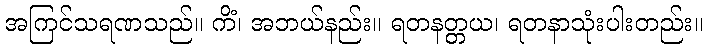
အကြင်သရဏသည်။ ကိံ၊ အဘယ်နည်း။ ရတနတ္တယ၊ ရတနာသုံးပါးတည်း။